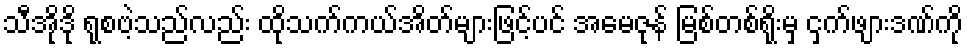
သီအိုဒို ရုစဗဲ့သည်လည်း ထိုသက်ကယ်အိတ်များဖြင့်ပင် အမေဇုန် မြစ်တစ်ရိုးမှ ငှက်ဖျားဒဏ်ကို